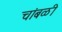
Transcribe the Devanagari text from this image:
चांबळी